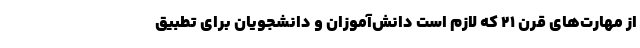
از مهارت‌های قرن ۲۱ که لازم است دانش‌آموزان و دانشجویان برای تطبیق